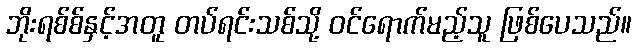
ဘိုးရစ်စ်နှင့်အတူ တပ်ရင်းသစ်သို့ ဝင်ရောက်မည့်သူ ဖြစ်ပေသည်။